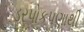
ડરપોકપણાથી